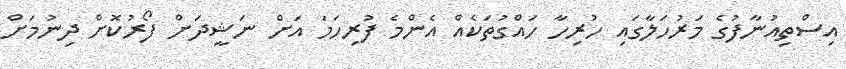
އިސްތިއުނާފުގެ މަރުހަލާގައި ހުރިހާ ހައްގުތަކެއް އެންމެ ފުރިހަމަ އަށް ނަޝީދަށް ފޯރުކޮށް ދިނުމަށް